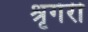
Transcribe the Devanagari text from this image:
श्रृगेरी